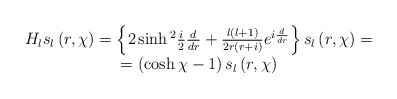
\begin{align*}\begin{array}{c}H_{l}s_{l}\left( r,\chi \right) =\left\{ 2\sinh {}^{2}\frac {i}{2}\frac{d}{dr}+\frac{l\left( l+1\right) }{2r\left( r+i\right) }e^{i\frac{d}{dr}}\right\} s_{l}\left( r,\chi \right) = \\=\left( \cosh \chi -1\right)s_{l}\left( r,\chi \right)\end{array}\end{align*}